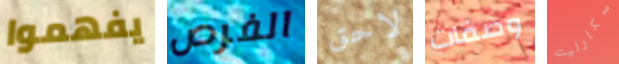
يفهموا الفرص لاحق وصفات سكارليت